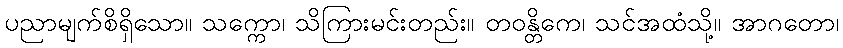
ပညာမျက်စိရှိသော။ သက္ကော၊ သိကြားမင်းတည်း။ တဝန္တိကေ၊ သင်အထံသို့။ အာဂတော၊